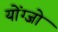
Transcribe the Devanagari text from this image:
योंग्जो